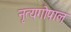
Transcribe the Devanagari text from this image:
नृत्यगोपाल